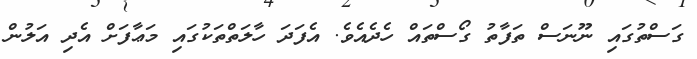
ގަސްތުގައި ނޫނަސް ތަފާތު ގޯސްތައް ހެދެއެވެ. އެފަދަ ހާލަތްތަކުގައި މަޢާފަށް އެދި އަލުން